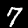
Digit: 7